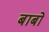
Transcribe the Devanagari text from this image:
बाबो